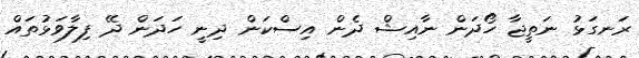
ރަނގަޅު ނަތީޖާ ހޯދަން ނާއިޝް ދެން އިސްކަން ދިނީ ހަދަން ދޭ ފިލާވަޅުތައް